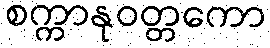
စက္ကာနုဝတ္တကော